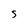
Character: S